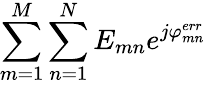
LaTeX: \sum_{m=1}^{M}\sum_{n=1}^{N}E_{mn}e^{j\varphi_{mn}^{err}}